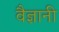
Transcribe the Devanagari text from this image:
वैज्ञानी